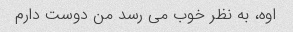
اوه، به نظر خوب می رسد من دوست دارم